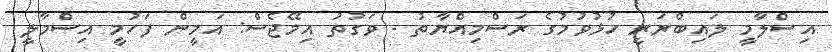
އިސްލާމީ ލައިބްރަރީ ހުޅުވުމުގެ ރަސްމިއްޔާތު - ވަގުތު އިމޭޖެސް: އަމީން ފަހުމީ އިސްމާލީ